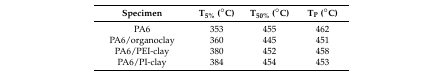
<table><thead><tr><td><b>Specimen</b></td><td><b>T<sub>5%</sub> (°C)</b></td><td><b>T<sub>50%</sub> (°C)</b></td><td><b>T<sub>P</sub> (°C)</b></td></tr></thead><tbody><tr><td>PA6</td><td>353</td><td>455</td><td>462</td></tr><tr><td>PA6/organoclay</td><td>360</td><td>445</td><td>451</td></tr><tr><td>PA6/PEI-clay</td><td>380</td><td>452</td><td>458</td></tr><tr><td>PA6/PI-clay</td><td>384</td><td>454</td><td>453</td></tr></tbody></table>